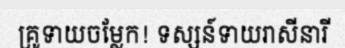
គ្រូទាយចម្លែក! ទស្សន៍ទាយរាសីនារី